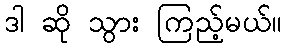
ဒါ ဆို သွား ကြည့်မယ်။